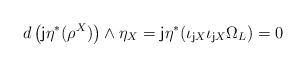
LaTeX: \begin{align*}d\left({\sf j}\eta^* ( \rho^X)\right) \wedge \eta_X={\sf j}\eta^*(\iota_{{\sf j} X}\iota_{{\sf j} X}\Omega_L)=0\end{align*}